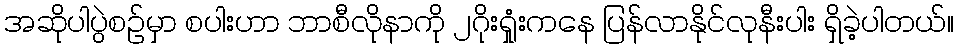
အဆိုပါပွဲစဉ်မှာ စပါးဟာ ဘာစီလိုနာကို ၂ဂိုးရှုံးကနေ ပြန်လာနိုင်လုနီးပါး ရှိခဲ့ပါတယ်။